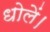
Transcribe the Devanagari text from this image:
धोलें।